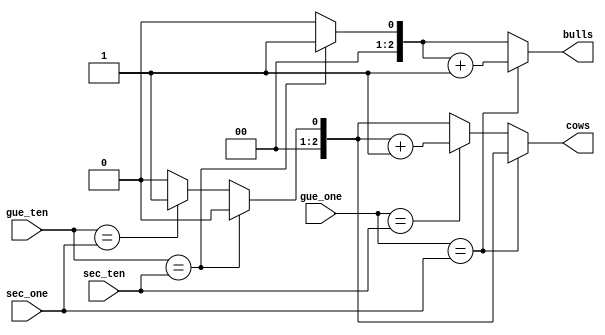
module BullsandCAWs(sec_ten, sec_one, gue_ten, gue_one, bulls, cows);
input [3:0]sec_ten, sec_one, gue_ten, gue_one;
output reg [2:0]bulls, cows;
reg carry;

always @* begin
    bulls = 3'd0;
    cows = 3'd0;
    if (gue_ten == sec_ten)
        {carry, bulls} = bulls + 1;
    else if (gue_ten == sec_one)
        {carry, cows} = cows + 1;
    else ;
    if (gue_one == sec_one) 
        {carry, bulls} = bulls + 1;
    else if (gue_one == sec_ten)
        {carry, cows} = cows + 1;
    else ;
end
endmodule